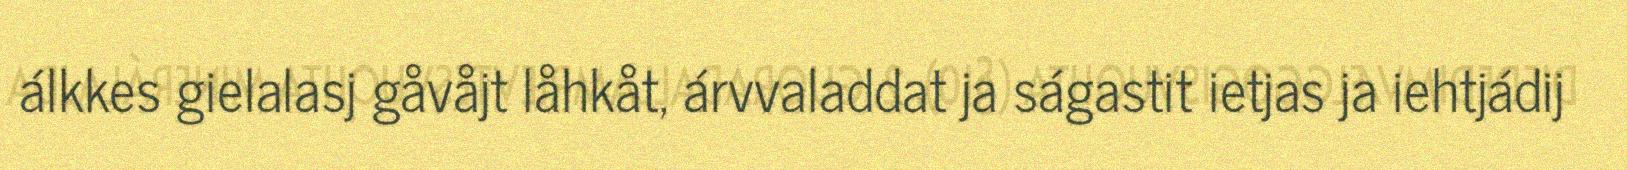
álkkes gielalasj gåvåjt låhkåt, árvvaladdat ja ságastit ietjas ja iehtjádij